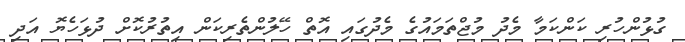
ގުޅުންހުރި ކަންކަމާ މެދު މުޖްތަމައުގެ މެދުގައި އޮތް ހޭލުންތެރިކަން އިތުރުކޮށް ދުޅަހެޔޮ އަދި